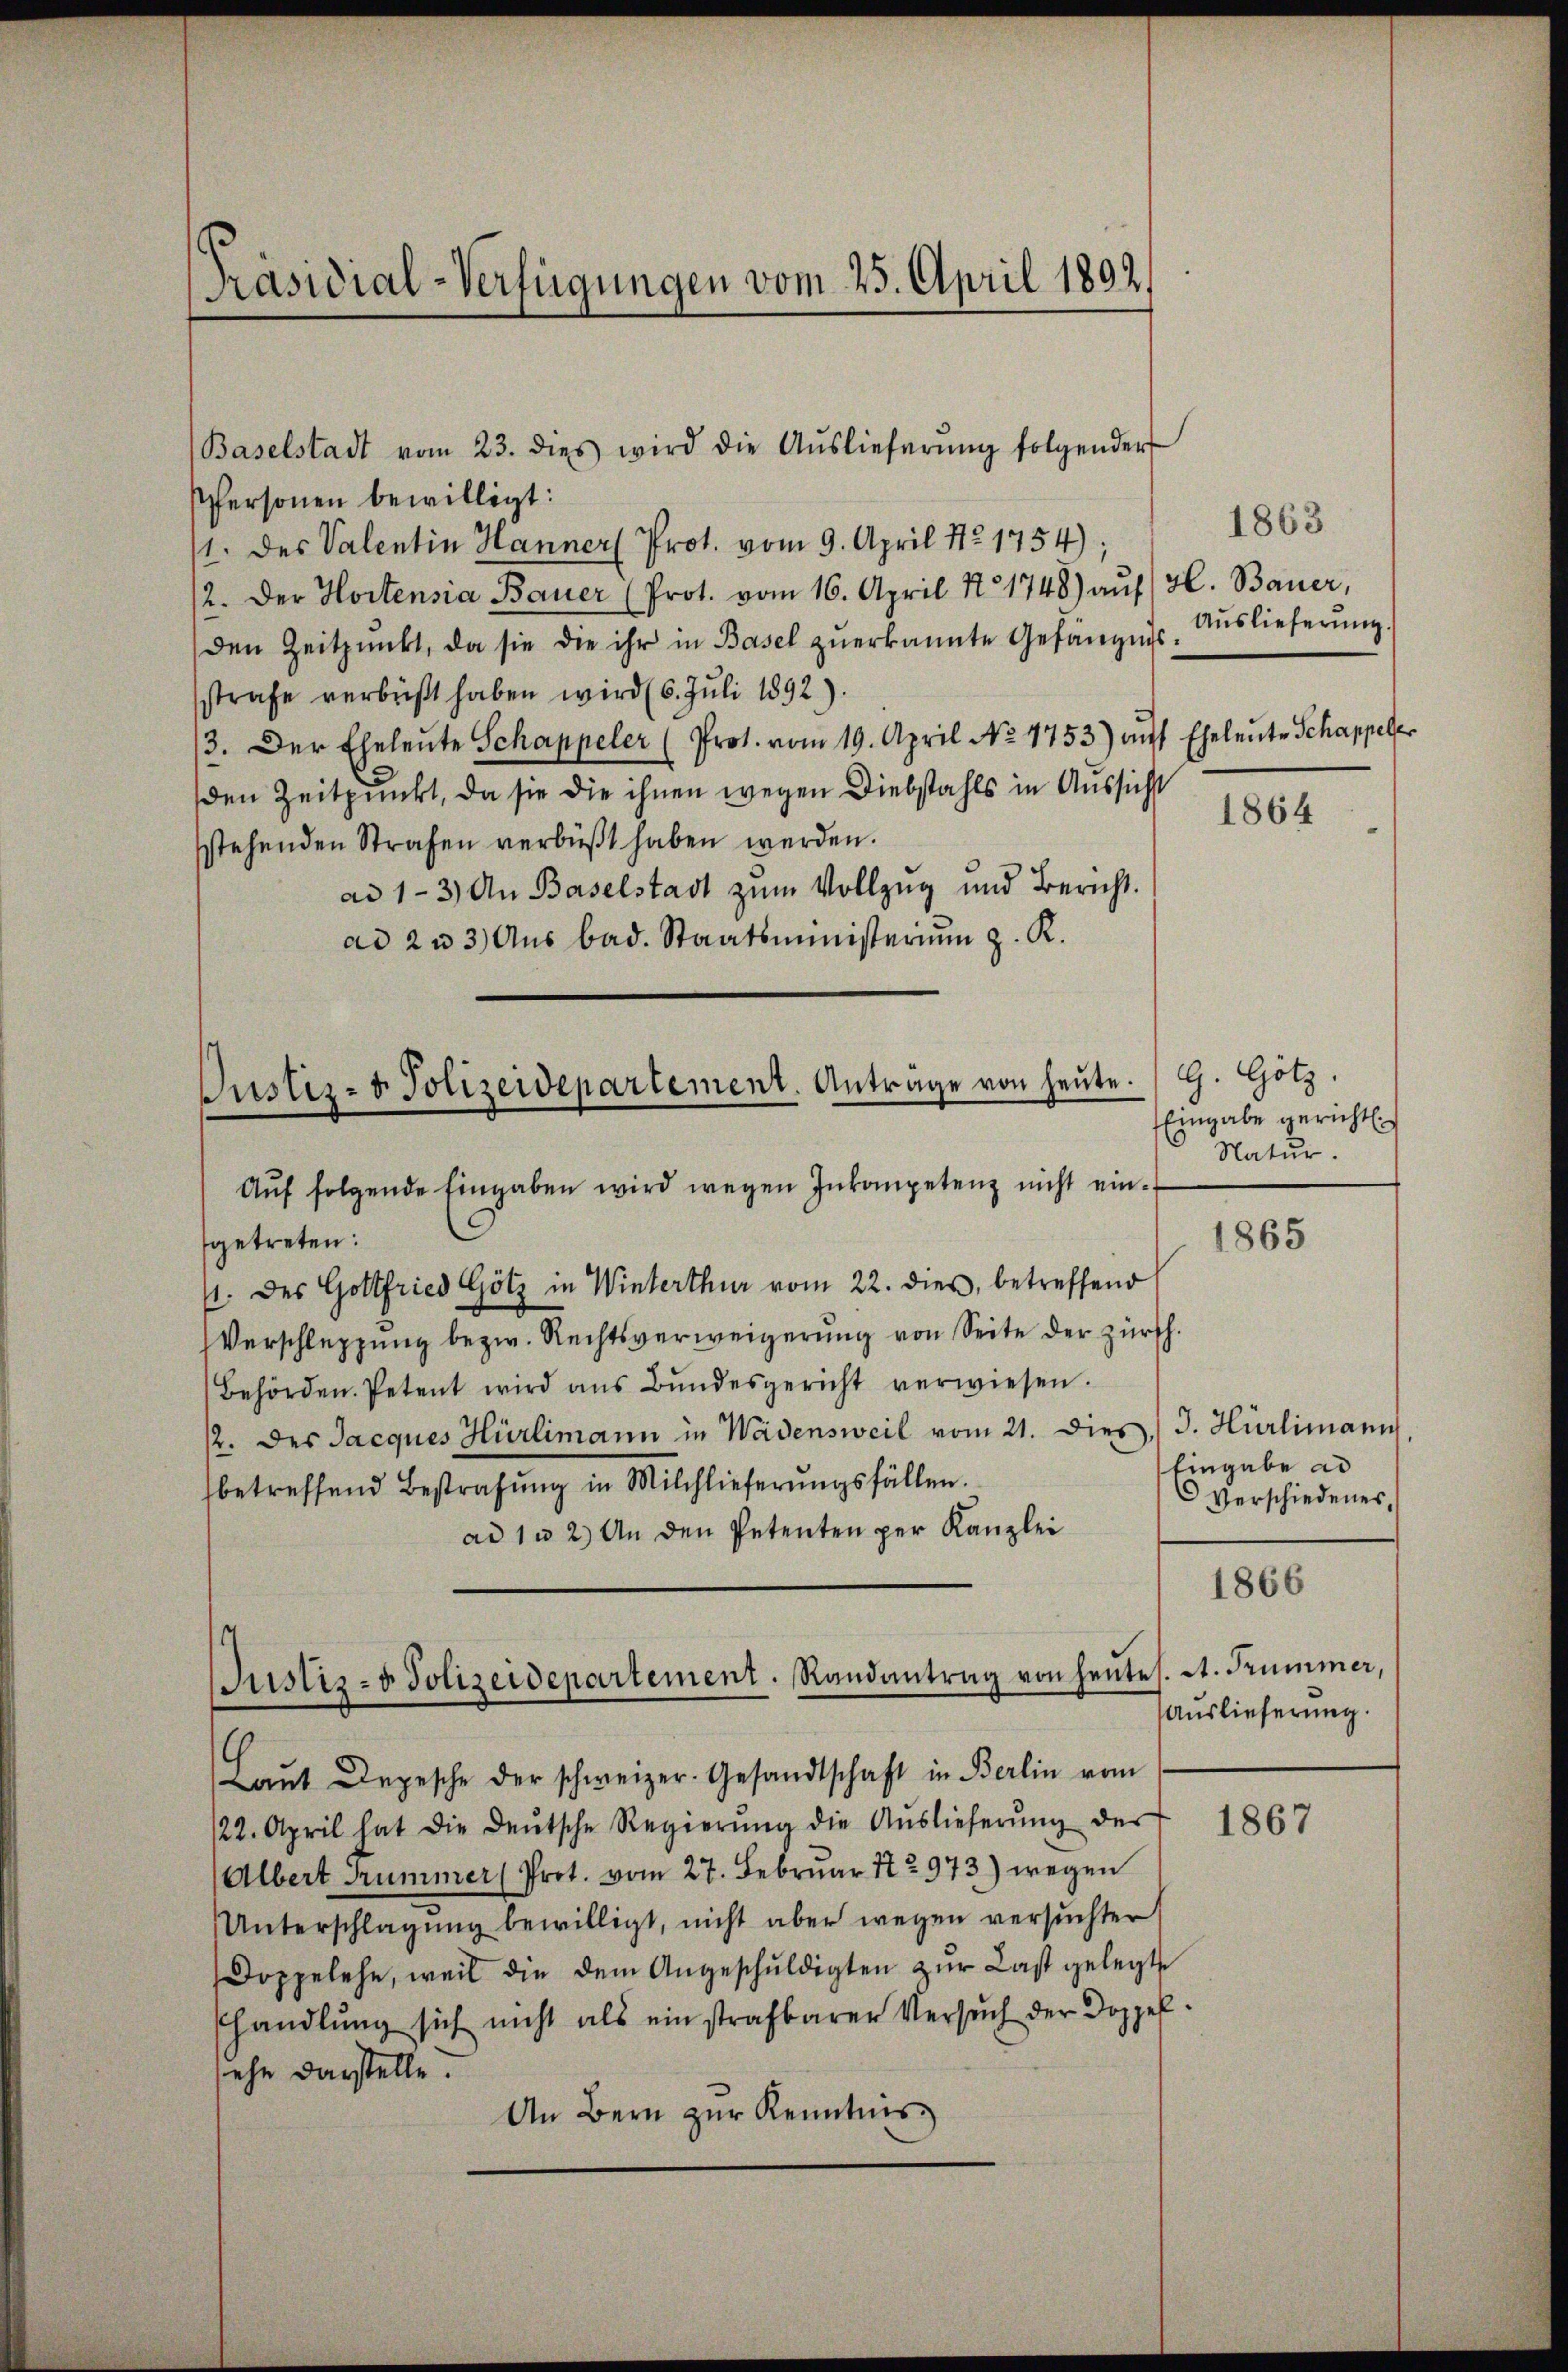
Präsidial-Verfügungen vom 25. April 1892.

Baselstadt vom 23. dies wird die Aŭslieferŭng folgender
Personen bewilligt:
1. des Valentin Hanner Prot. vom 9. April Nr 1754);
12. Der Hortensia Bauer (Prot. vom 16. April No 1748) auf H. Bauer,
den Zeitpunkt, da sie die ihr in Basel zŭerkannte Gefängnis. Auslieferŭng
sstrafe verbüßt haben wird (6. Juli 1892).
3. Der Eheleute Schappeler (Prot. vom 19. April No 7753) auf Eheleute Schappeler
den Zeitpunkt, da sie die ihnen wegen Diebstahls in Aussicht
stehenden Strafen verbüßt haben werden.
ad 1-3) An Baselstadt zum Vollzug und Bericht.
ad 2 u 3 Aŭs bad. Staatsministeriŭm z. R.
Aŭf folgende Eingaben wird wegen Inkompetenz nicht eingetreten:
/. des Gottfried Götz in Winterthur vom 22. dies, betreffend
Verschleppung bezw. Rechtsverweigerŭng von Seite der zürch.
Behörden. Petent wird ans Bŭndesgericht verwiesen.
12. des Jacques Hürlimann in Wädensweil vom 21. dies J. Hürlimann
betreffend Bestrafŭng in Milchlieferŭngsfällen.
ad 1 u 2) An den Petenten per Kanzlei
Laŭt Depesche der schweizer. Gesandtschaft in Berlin vom
22. April hat die deŭtsche Regierŭng die Aŭslieferŭng der
Albert Summer (Prot. vom 27. Febrŭar No 973) wegen
Unterschlagŭng bewilligt, nicht aber wegen versuchter
Doppelehe, weil die dem Angeschŭldigten zŭr Last gelegt.
shandlŭng sich nicht als einstrafbarer Versŭch der Doppel
sehe darstelle.
An Bern zur Kenntnis

Justiz- & Polizeidepartement. Anträge von heute. G. Hotz,

s
Justiz- & Polizeidepartement. Randantrag von heute,

1863

1864

Eingabe gericht.
Natur.

1865

Eingabe ad
C verschiedenes,
At. Trümmer,
Auslieferung.

1866

1867